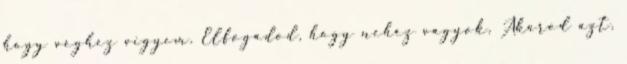
hogy véghez vigyem. Elfogadod, hogy nehéz vagyok, Akarod azt,